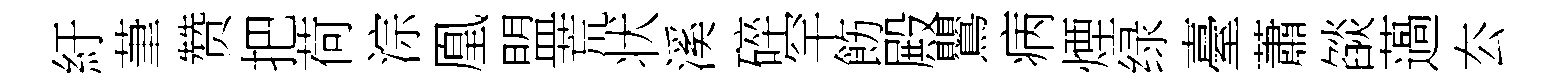
紆茟赞把荷淙凰盟荒状溪碎罕飭殿鸎病煙绿臺蕭燄薖厺